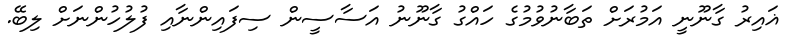
ޣައިރު ގާނޫނީ އަމުރަށް ތަބާނުވުމުގެ ހައްގު ގާނޫނު އަސާސީން ސިފައިންނާއި ފުލުހުންނަށް ލިބޭ.